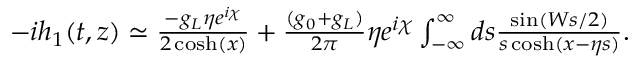
\begin{array} { r } { - i h _ { 1 } ( t , z ) \simeq \frac { - g _ { L } \eta e ^ { i \chi } } { 2 \cosh ( x ) } + \frac { ( g _ { 0 } + g _ { L } ) } { 2 \pi } \eta e ^ { i \chi } \int _ { - \infty } ^ { \infty } d s \frac { \sin ( W s / 2 ) } { s \cosh ( x - \eta s ) } . } \end{array}